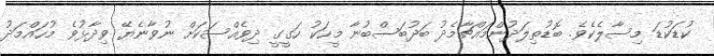
ކުޑަކުޑަ މިސާލެކެވެ. ބޮޑުތިލަދުންމައްޗާމެދު ބަދުބަސްބުނާ މީހަކު ހަގީގީ ދިވެއްސަކަށް ނުވާނެޔޭ ވިދާޅުވެ މުހައްމަދު